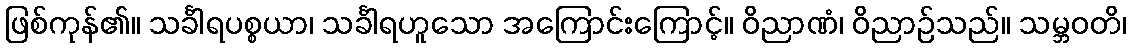
ဖြစ်ကုန်၏။ သင်္ခါရပစ္စယာ၊ သင်္ခါရဟူသော အကြောင်းကြောင့်။ ဝိညာဏံ၊ ဝိညာဉ်သည်။ သမ္ဘဝတိ၊